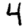
Digit: 4